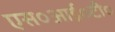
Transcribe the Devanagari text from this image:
एस०आई०टी०